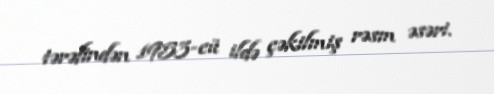
tərəfindən 1953-cü ildə çəkilmiş rəsm əsəri.